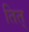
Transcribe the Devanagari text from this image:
तित्